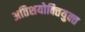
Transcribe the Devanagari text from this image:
अतिशयोक्‍तियुक्‍त